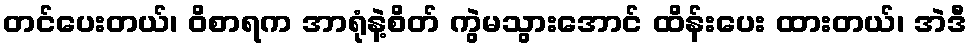
တင်ပေးတယ်၊ ဝိစာရက အာရုံနဲ့စိတ် ကွဲမသွားအောင် ထိန်းပေး ထားတယ်၊ အဲဒီ